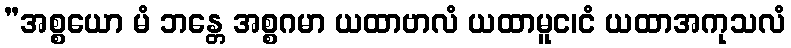
”အစ္စယော မံ ဘန္တေ အစ္စဂမာ ယထာဗာလံ ယထာမူင၊ငံ ယထာအကုသလံ